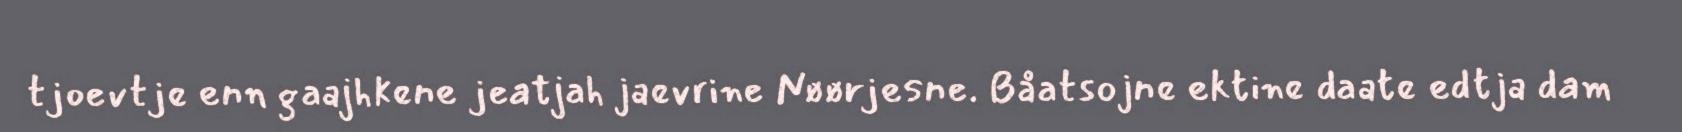
tjoevtje enn gaajhkene jeatjah jaevrine Nøørjesne. Båatsojne ektine daate edtja dam